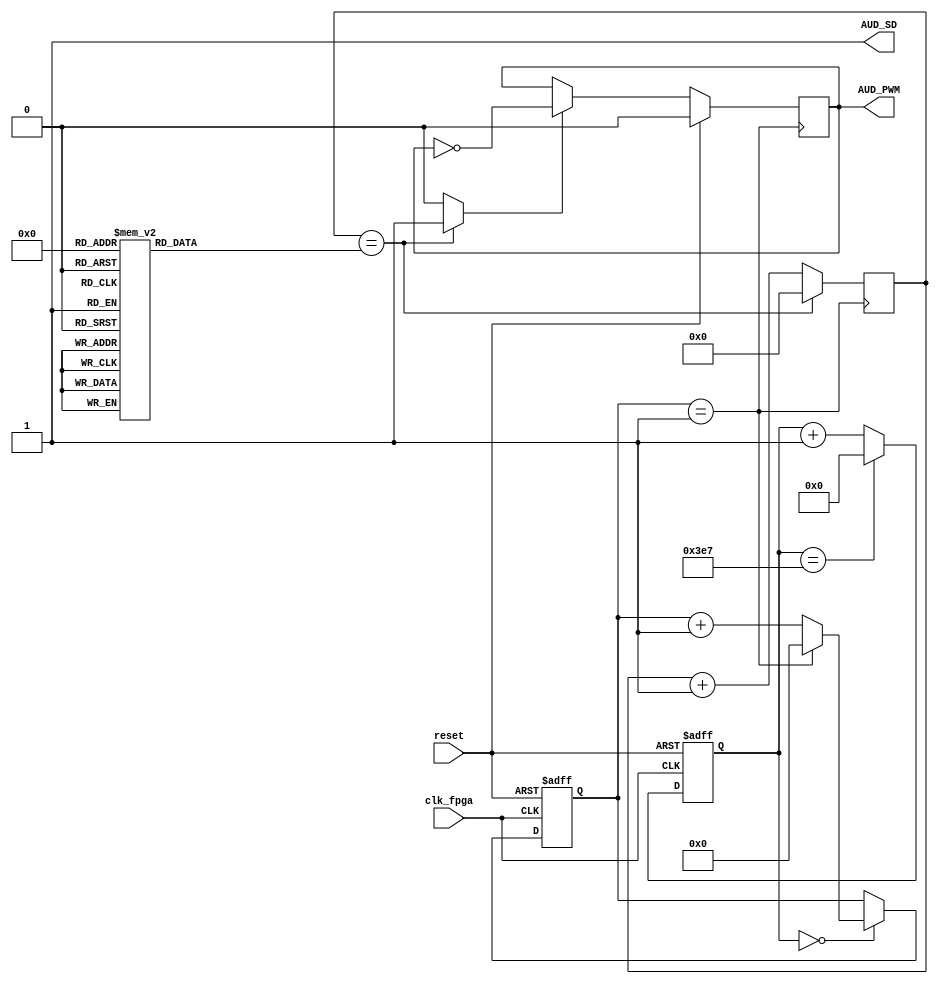
`timescale 1ns / 1ps

 module PWM_AUDIO(
    input  clk_fpga,
    input   reset,
  //  input wire  SW,
    output wire AUD_PWM,
    output  AUD_SD
    );
   
wire counter_enable;
reg[12:0] counter_400k;
parameter MAX_COUNT = 999;
reg[6:0] counter;
wire clk_400k;   
reg[20:0]frequency;
reg[3:0] note = 4'b0000;
reg aud;

always @( posedge clk_fpga, posedge reset ) //Counter to get 400k clock signal from 100MHz clock
                 if (reset)
                    counter_400k = 0;
                 else if (counter_400k == MAX_COUNT)
                    begin
                    counter_400k = 0;
                    end
                 else
                    counter_400k = counter_400k + 1'b1;
                   
 assign counter_enable = counter_400k == 0; //400k clk enable signal
       
 always @ ( posedge clk_fpga, posedge reset )
                     if ( reset )
                        counter = 0;
                     else if ( counter_enable )
                     if ( counter == 1 )
                       counter = 0;
                     else 
                       counter = counter + 1'b1;
                        
 assign clk_400k = counter == 1; //400k clock signal

  

always @(frequency, note)
begin
	case(note)
		1:  frequency = 381679;    //C1
        2:  frequency = 340136;    //D1
        3:  frequency = 303030;    //E1
        4:  frequency = 285714;    //F1
        5:  frequency = 255102;    //G1
        6:  frequency = 227272;    //A1
        7:  frequency = 202429;    //B1
        8:  frequency = 190839;    //C2
        9:  frequency = 170068;    //D2
        10: frequency = 151515;    //E2
        11: frequency = 143266;    //F2
        12: frequency = 127551;    //G2
	    13: frequency = 113636;    //A2
        14: frequency = 101214;    //B2
        15: frequency = 95602;     //C3
   default: frequency = 1;         //nothing 
    endcase
end

wire count_freq; 
reg [20:0]count = 1'b0;
assign  count_freq = (count == frequency)? 1'b1: 1'b0;
    
always@ (posedge clk_400k)
          begin
           if(count == frequency)
              count <= 0;
            else 
              count <= count + 1'b1;
          end
          
// Use the highest bit of the counter (MSB) to drive the speaker
always @(posedge clk_400k)
	if(reset)
        aud <= 0;
    else if(count_freq) //&& SW==1'b1) 
        aud <= aud ^ 1'b1;
        
assign AUD_PWM = aud;
        
assign AUD_SD = 1'b1;
	 
endmodule